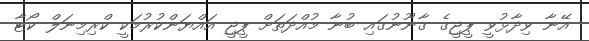
އޭނާ ވިދާޅުވީ ޕީޖީގެ ގާނޫނުގައި ބުނާ މުއްދަތަށް ޕީޖީ އައްޔަންކުރުމަކީ ކްރިމިނަލް ކޯޓާ